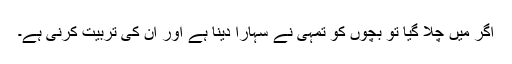
اگر میں چلا گیا تو بچوں کو تمہی نے سہارا دینا ہے اور ان کی تربیت کرنی ہے۔